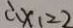
\therefore x _ { 1 } = 2